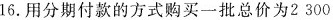
16.用分期付款的方式购买一批总价为2300